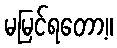
မမြင်ရတော့။